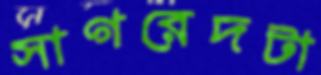
সাগরেদটা